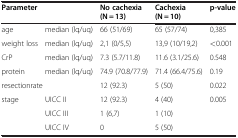
<table><thead><tr><td colspan="2"><b>Parameter</b></td><td><b>No cachexia (N = 13)</b></td><td><b>Cachexia (N = 10)</b></td><td><b>p-value</b></td></tr></thead><tbody><tr><td>age</td><td>median (lq/uq)</td><td>66 (51/69)</td><td>65 (57/74)</td><td>0,385</td></tr><tr><td>weight loss</td><td>median (lq/uq)</td><td>2,1 (0/5,5)</td><td>13,9 (10/19,2)</td><td>&lt;0.001</td></tr><tr><td>CrP</td><td>median (lq/uq)</td><td>7.3 (5.7/11.8)</td><td>11.6 (3.1/25.6)</td><td>0.548</td></tr><tr><td>protein</td><td>median (lq/uq)</td><td>74.9 (70.8/77.9)</td><td>71.4 (66.4/75.6)</td><td>0.19</td></tr><tr><td colspan="2">resectionrate</td><td>12 (92.3)</td><td>5 (50)</td><td>0.022</td></tr><tr><td>stage</td><td>UICC II</td><td>12 (92.3)</td><td>4 (40)</td><td>0.005</td></tr><tr><td> </td><td>UICC III</td><td>1 (6,7)</td><td>1 (10)</td><td> </td></tr><tr><td> </td><td>UICC IV</td><td>0</td><td>5 (50)</td><td> </td></tr></tbody></table>